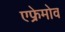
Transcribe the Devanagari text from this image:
एफ्रेमोव